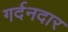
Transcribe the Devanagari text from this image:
गर्दनदार